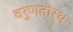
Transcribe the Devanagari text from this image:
वरुणतीर्थ